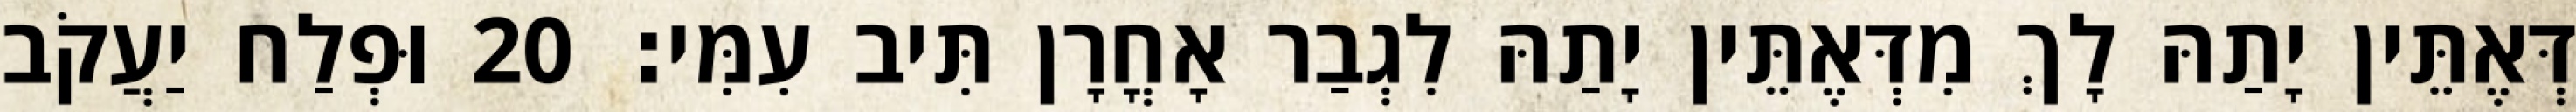
דְּאֶתֵּין יָתַהּ לָךְ מִדְּאֶתֵּין יָתַהּ לִגְבַר אָחֳרָן תִּיב עִמִּי׃ 20 וּפְלַח יַעֲקֹב